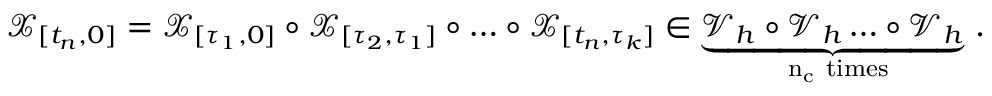
\mathcal { X } _ { [ t _ { n } , 0 ] } = \mathcal { X } _ { [ \tau _ { 1 } , 0 ] } \circ \mathcal { X } _ { [ \tau _ { 2 } , \tau _ { 1 } ] } \circ \dots \circ \mathcal { X } _ { [ t _ { n } , \tau _ { k } ] } \in \underbrace { \mathcal { V } _ { h } \circ \mathcal { V } _ { h } \dots \circ \mathcal { V } _ { h } } _ { \mathrm { ~ n _ c ~ t i m e s } } \, .